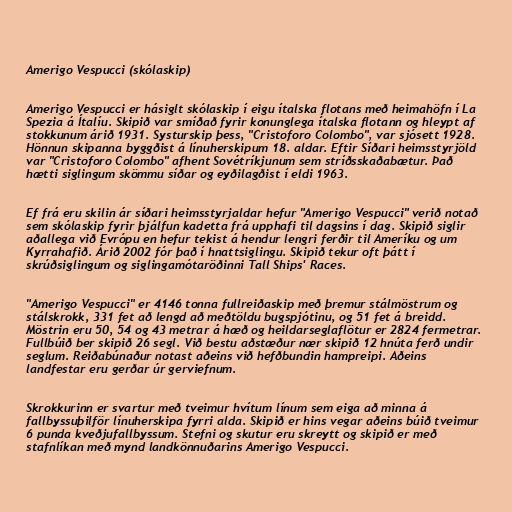
Amerigo Vespucci (skólaskip)

Amerigo Vespucci er hásiglt skólaskip í eigu ítalska flotans með heimahöfn í La
Spezia á Ítalíu. Skipið var smíðað fyrir konunglega ítalska flotann og hleypt af
stokkunum árið 1931. Systurskip þess, "Cristoforo Colombo", var sjósett 1928.
Hönnun skipanna byggðist á línuherskipum 18. aldar. Eftir Síðari heimsstyrjöld
var "Cristoforo Colombo" afhent Sovétríkjunum sem stríðsskaðabætur. Það
hætti siglingum skömmu síðar og eyðilagðist í eldi 1963.

Ef frá eru skilin ár síðari heimsstyrjaldar hefur "Amerigo Vespucci" verið notað
sem skólaskip fyrir þjálfun kadetta frá upphafi til dagsins í dag. Skipið siglir
aðallega við Evrópu en hefur tekist á hendur lengri ferðir til Ameríku og um
Kyrrahafið. Árið 2002 fór það í hnattsiglingu. Skipið tekur oft þátt í
skrúðsiglingum og siglingamótaröðinni Tall Ships' Races.

"Amerigo Vespucci" er 4146 tonna fullreiðaskip með þremur stálmöstrum og
stálskrokk, 331 fet að lengd að meðtöldu bugspjótinu, og 51 fet á breidd.
Möstrin eru 50, 54 og 43 metrar á hæð og heildarseglaflötur er 2824 fermetrar.
Fullbúið ber skipið 26 segl. Við bestu aðstæður nær skipið 12 hnúta ferð undir
seglum. Reiðabúnaður notast aðeins við hefðbundin hampreipi. Aðeins
landfestar eru gerðar úr gerviefnum.

Skrokkurinn er svartur með tveimur hvítum línum sem eiga að minna á
fallbyssuþilför línuherskipa fyrri alda. Skipið er hins vegar aðeins búið tveimur
6 punda kveðjufallbyssum. Stefni og skutur eru skreytt og skipið er með
stafnlíkan með mynd landkönnuðarins Amerigo Vespucci.